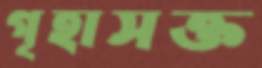
গৃহাসক্ত